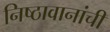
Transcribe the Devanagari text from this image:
निष्ठावानांची